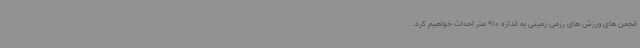
انجمن های ورزش های رزمی زمینی به اندازه 910 متر احداث خواهیم کرد.